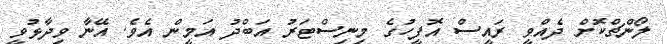
ލޯންޗްކޮށް ދެއްވީ ރައީސް އޮފީހުގެ މިނިސްޓަރު އަބްދު އަމީން އެވެ. އޭނާ ވިދާޅުވީ